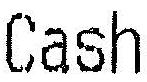
CASH